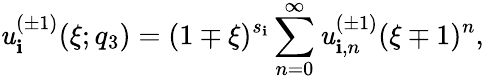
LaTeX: \mathit{u}_{\mathbf{i}}^{(\pm1)}(\xi;q_{3})=(1\mp\xi)^{s_{\mathbf{i}}}\sum_{n=0}^{\infty}\mathit{u}_{\mathbf{i},n}^{(\pm1)}(\xi\mp1)^{n},